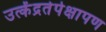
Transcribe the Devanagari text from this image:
उत्केंद्रतेपेक्षापण